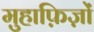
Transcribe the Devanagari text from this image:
मुहाफ़िज़ों